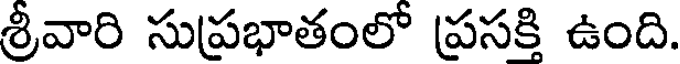
శ్రీవారి సుప్రభాతంలో ప్రసకి ఉంది.